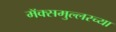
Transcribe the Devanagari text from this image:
मॅक्समुल्लरच्या